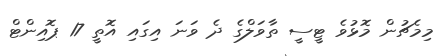
މިމެޗުން މޮޅުވެ ޓީސީ ތާވަލްގެ ދެ ވަނަ އިގައި އޮތީ 17 ޕޮއިންޓް